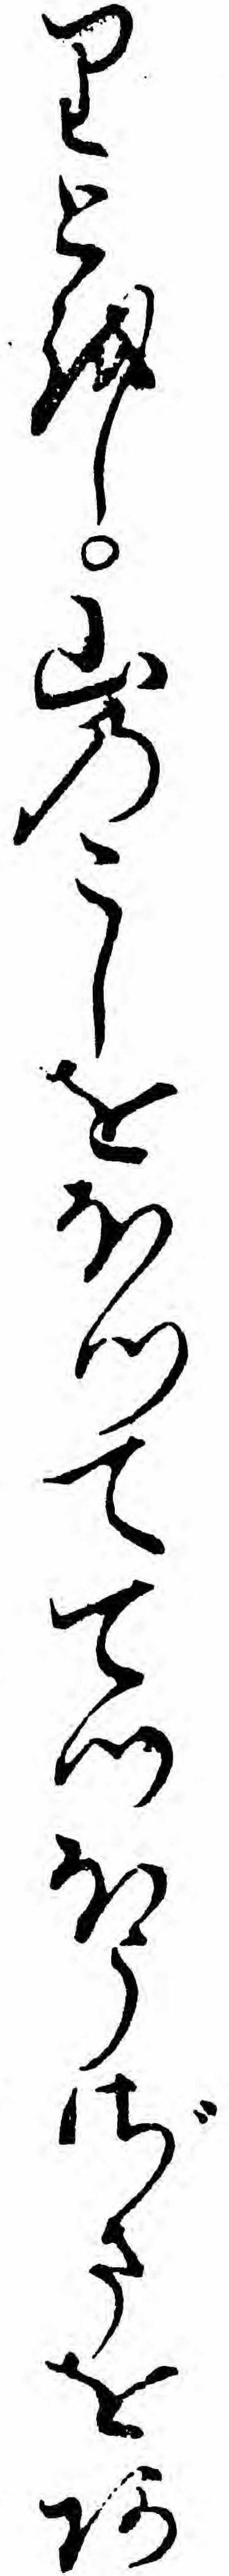
りとをし山のこしをほつててつほうざまをあ